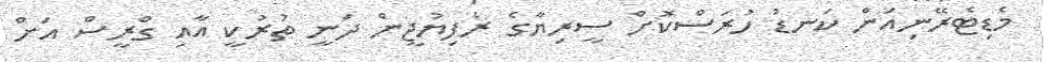
މެޑިޓެރޭނިއަން ކަނޑު ހުރަސްކޮށް ސީރިޔާގެ ރެފިޔުޖީން ދަނީ ތުރުކީ އާއި ގްރީސް އަށް